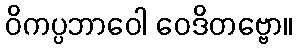
ဝိကပ္ပဘာဝေါ ဝေဒိတဗ္ဗော။